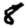
Digit: 8